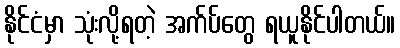
နိုင်ငံမှာ သုံးလို့ရတဲ့ အက်ပ်တွေ ရယူနိုင်ပါတယ်။